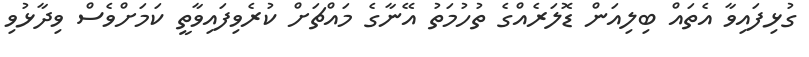
ގުޅިފައިވާ އެތައް ބިލިއަން ޑޮލަރެއްގެ ތުހުމަތު އޭނާގެ މައްޗަށް ކުރެވިފައިވާތީ ކަމަށްވެސް ވިދާޅުވި